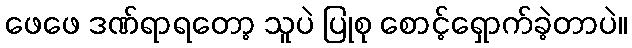
ဖေဖေ ဒဏ်ရာရတော့ သူပဲ ပြုစု စောင့်ရှောက်ခဲ့တာပဲ။